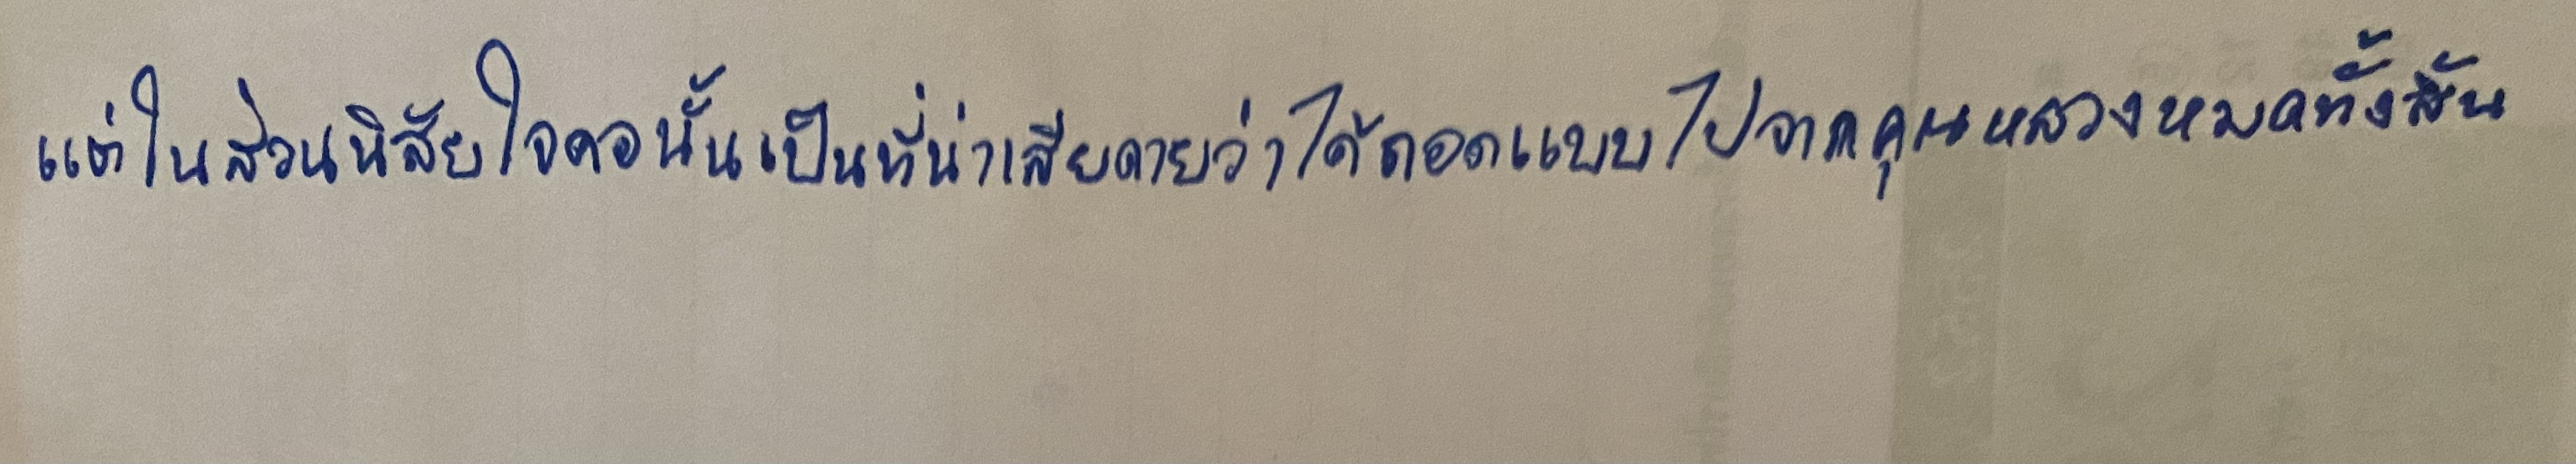
แต่ในส่วนนิสัยใจคอนั้นเป็นที่น่าเสียดายว่าได้ถอดแบบไปจากคุณหลวงหมดทั้งสิ้น